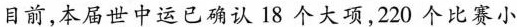
目前，本届世中运已确认18个大项，220个比赛小